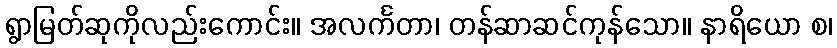
ရွာမြတ်ဆုကိုလည်းကောင်း။ အလင်္ကတာ၊ တန်ဆာဆင်ကုန်သော။ နာရိယော စ၊